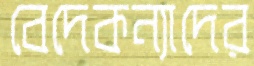
বেদেকন্যাদের